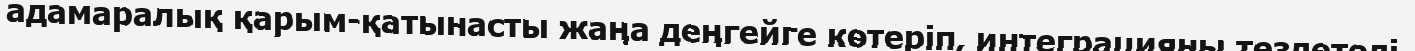
адамаралық қарым-қатынасты жаңа деңгейге көтеріп, интеграцияны тездетеді.